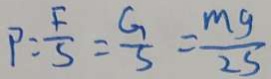
P = \frac { F } { S } = \frac { G } { S } = \frac { m g } { 2 S }